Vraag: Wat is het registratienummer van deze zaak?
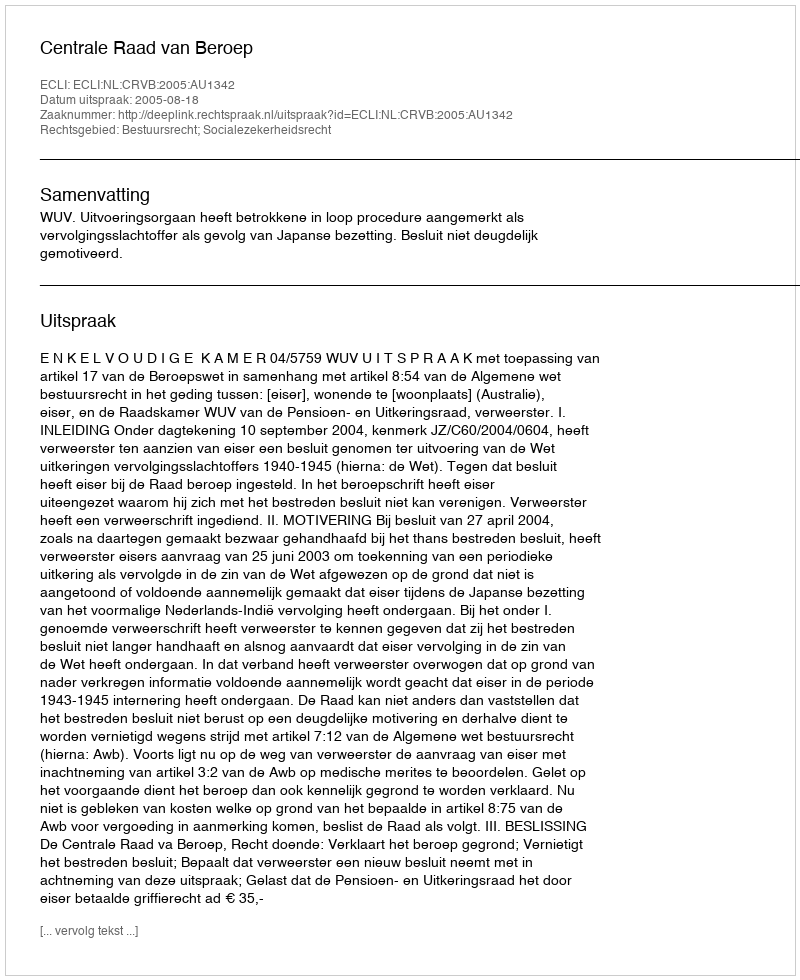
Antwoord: http://deeplink.rechtspraak.nl/uitspraak?id=ECLI:NL:CRVB:2005:AU1342